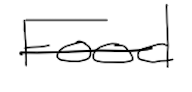
Text: Food
Cross-out: single-line
Writing tool: digital_black